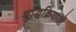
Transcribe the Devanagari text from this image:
शुद्धिक्रियाओं